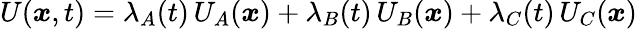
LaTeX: U({\boldsymbol{x}},t)=\lambda_{A}(t)\, U_{A}({\boldsymbol{x}})+\lambda_{B}(t)\, U_{B}({\boldsymbol{x}})+\lambda_{C}(t)\, U_{C}({\boldsymbol{x}})